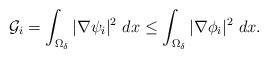
LaTeX: \begin{align*}\mathcal{G}_i=\int_{\Omega_\delta}|\nabla \psi_i|^2~dx \leq \int_{\Omega_\delta}|\nabla \phi_i|^2~dx.\end{align*}